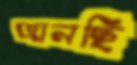
জানছি